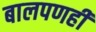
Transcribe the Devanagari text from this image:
बालपणही